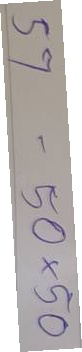
57 = 50x50